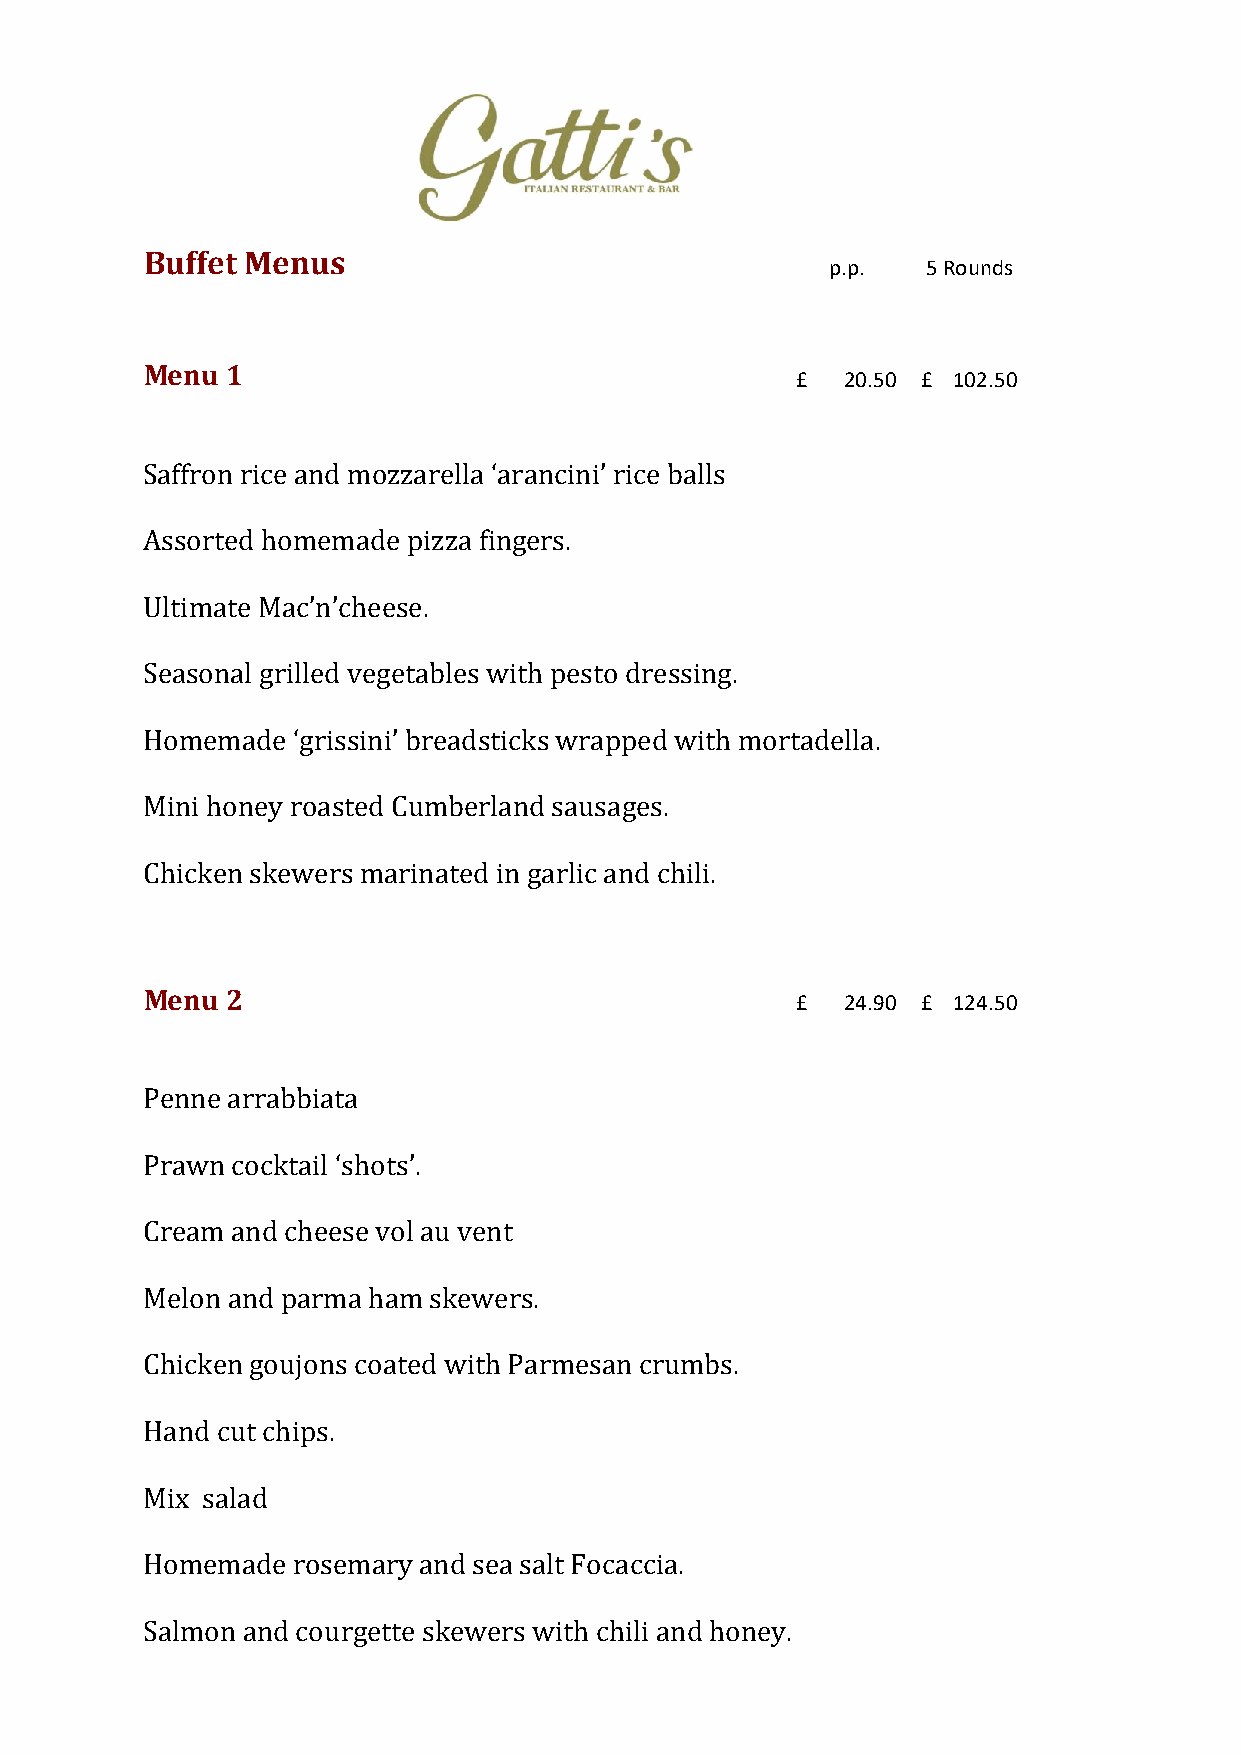
Buffet Menus
 p.p.  5 Rounds
 Menu 1
 £  2 0.50 £ 1 02.50
 Saffron rice and mozzarella ‘arancini’ rice balls
 Assorted homemade pizza fingers.
 Ultimate Mac’n’cheese.
 Seasonal grilled vegetables with pesto dressing.
 Homemade  ‘grissini’ breadsticks wrapped with mortadella.
 Mini honey roasted Cumberland sausages.
 Chicken skewers marinated in garlic and chili.
 Menu 2                                     £  2 4.90 £ 1 24.50
 Penne arrabbiata
 Prawn cocktail ‘shots’.
 Cream and cheese vol au vent
 Melon and parma ham skewers.
 Chicken goujons coated with Parmesan crumbs.
 Hand cut chips.
 Mix salad
 Homemade  rosemary and sea salt Focaccia.
 Salmon and courgette skewers with chili and honey.